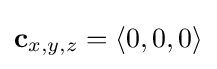
\mathbf {c} _{x,y,z}=\langle 0,0,0\rangle